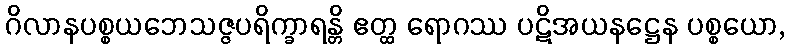
ဂိလာနပစ္စယဘေသဇ္ဇပရိက္ခာရန္တိ ဧတ္ထ ရောဂဿ ပဋိအယနဋ္ဌေန ပစ္စယော,